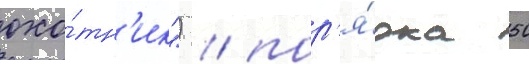
охо́тн'ик") / пор'я́дка 50